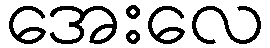
အေးလေ